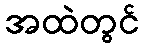
အထဲတွင်